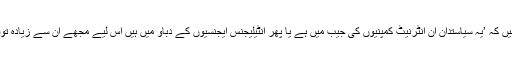
اس سلسلے میں سماجی کارکن ستنم سنگھ الزام لگاتے ہیں کہ ’یہ سیاستدان ان انٹرنیٹ کمپنیوں کی جیب میں ہے یا پھر انٹیلیجنس ایجنسیوں کے دباو میں ہیں اس لیے مجھے ان سے زیادہ توقع نہیں کہ وہ صارفین کے حق میں قانون سازی کریں۔